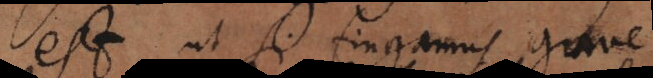
est, ut si fingamus grave